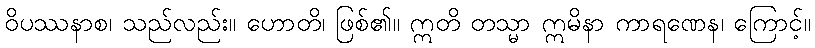
ဝိပဿနာစ၊ သည်လည်း။ ဟောတိ၊ ဖြစ်၏။ ဣတိ တသ္မာ ဣမိနာ ကာရဏေန၊ ကြောင့်။